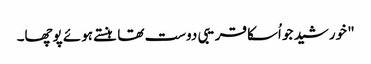
" خورشید جو اُسکا قریبی دوست تھا ہنستے ہوئے پوچھا۔